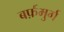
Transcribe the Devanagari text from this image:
बर्फ़मुर्ग